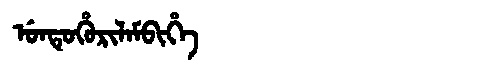
Manchu: ᡠᠨᡨᡠᡥᡠᡵᡳᠯᠠᠮᠪᡳᡥᡝ
Romanization: UNTUHURILAMBIHE